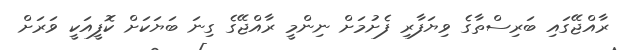
ރާއްޖޭގައި ބަރިސްތާގެ ވިޔަފާރި ފެށުމަށް ނިންމީ ރާއްޖޭގެ ގިނަ ބަޔަކަށް ކޮފީއަކީ ވަރަށް